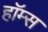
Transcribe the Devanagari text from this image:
हॉम्स